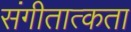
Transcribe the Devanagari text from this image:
संगीतात्कता